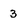
Character: 3